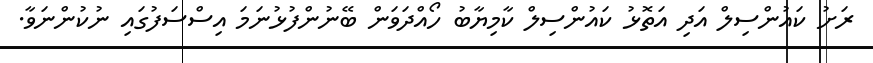
ރަށު ކައުންސިލް އަދި އަތޮޅު ކައުންސިލް ކާމިޔާބު ހޯއްދަވަން ބޭނުންފުޅުނަމަ އިސްސަފުގައި ނުކުންނަވާ.